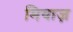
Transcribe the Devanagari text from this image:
मियाज़